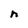
Character: n